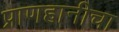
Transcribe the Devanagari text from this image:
प्राणहानीचा